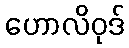
ဟောလိဝုဒ်